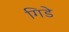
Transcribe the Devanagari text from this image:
गिडे